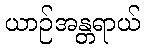
ယာဉ်အန္တရာယ်